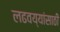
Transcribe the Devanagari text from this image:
लढवय्यांसाठी